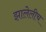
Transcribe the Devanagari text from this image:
झालेलीच